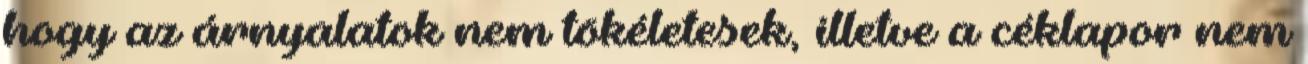
hogy az árnyalatok nem tökéletesek, illetve a céklapor nem